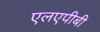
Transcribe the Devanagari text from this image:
एलएपीबी